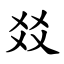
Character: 㸚